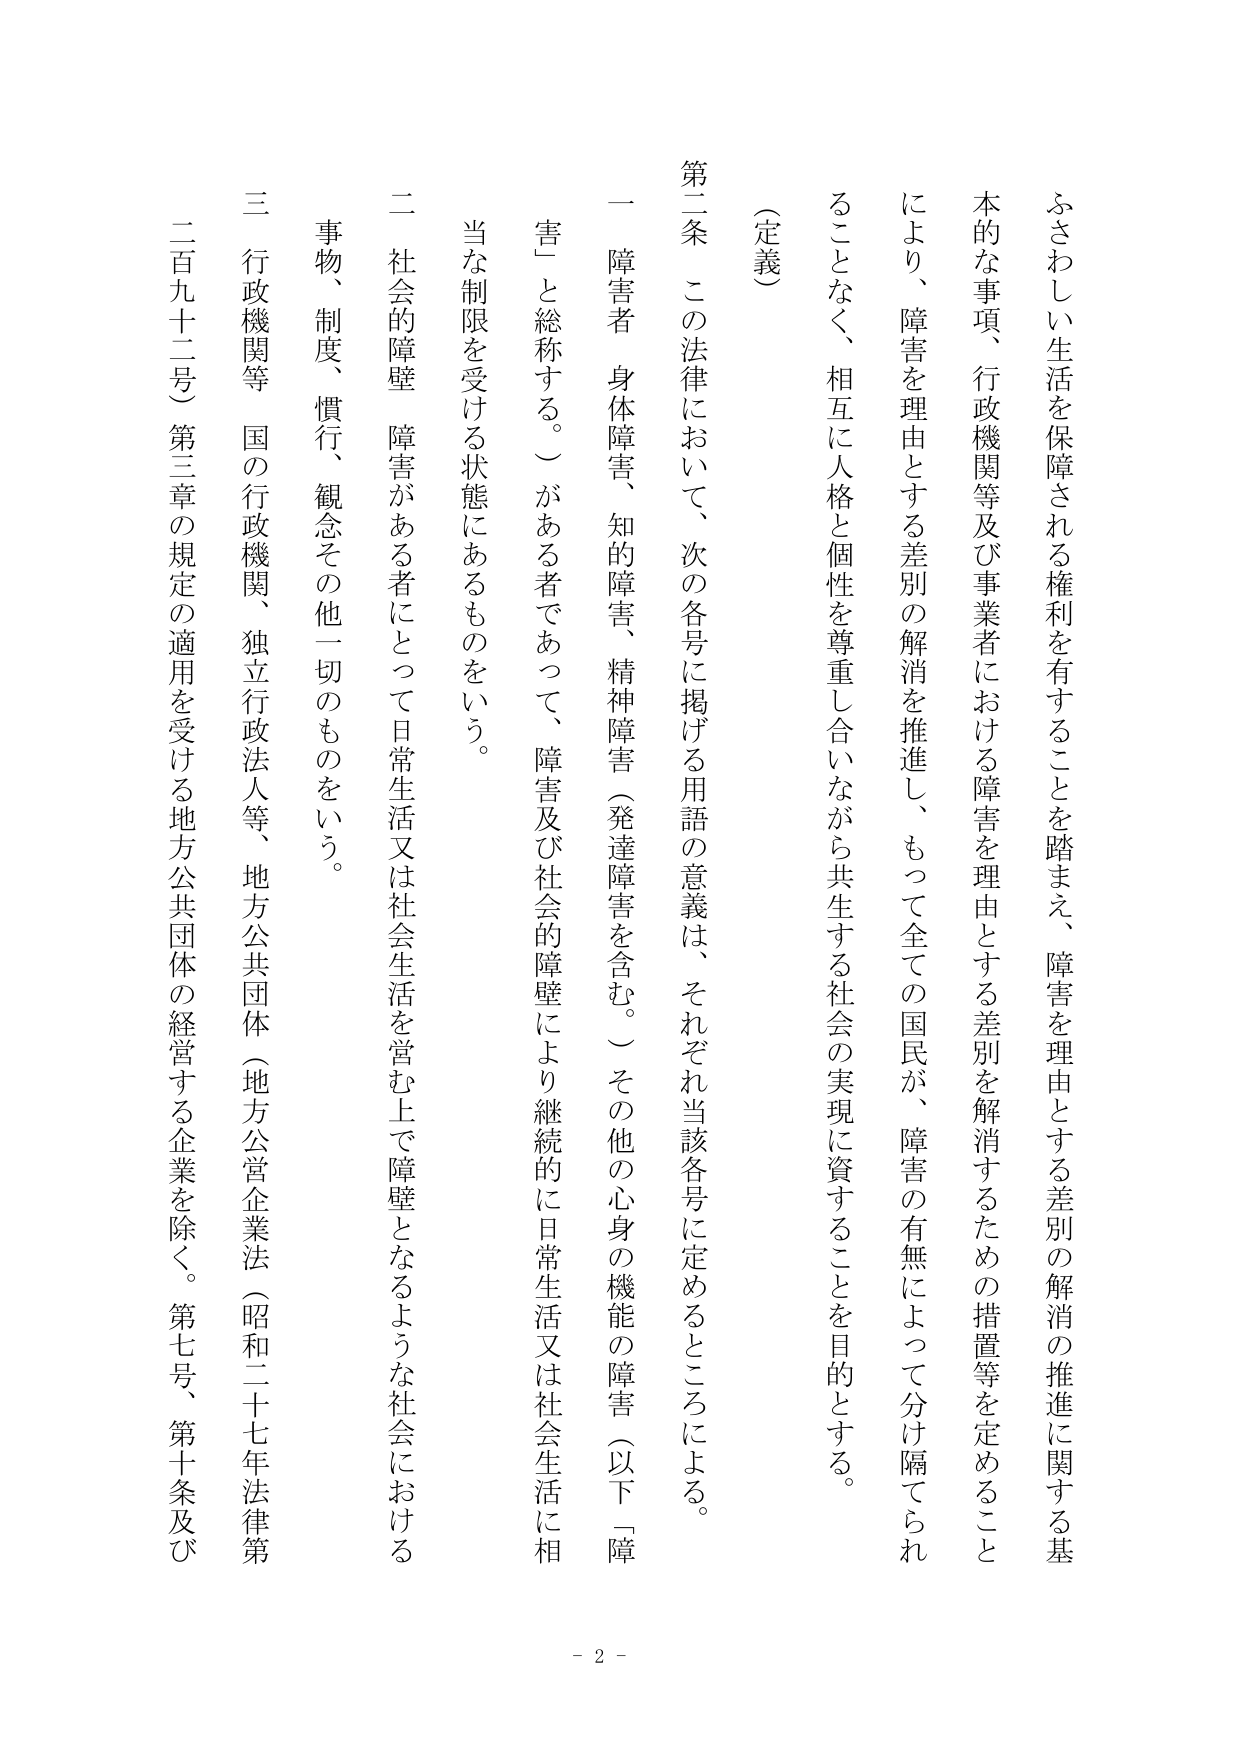
ふさわしい生活を保障される権利を有することを踏まえ、障害を理由とする差別の解消の推進に関する基本的な事項、行政機関等及び事業者における障害を理由とする差別を解消するための措置等を定めることにより、障害を理由とする差別の解消を推進し、もって全ての国民が、障害の有無によって分け隔てられることなく、相互に人格と個性を尊重し合いながら共生する社会の実現に資することを目的とする。

（定義）

第二条　この法律において、次の各号に掲げる用語の意義は、それぞれ当該各号に定めるところによる。

一　障害者　身体障害、知的障害、精神障害（発達障害を含む。）その他の心身の機能の障害（以下「障害」と総称する。）がある者であって、障害及び社会的障壁により継続的に日常生活又は社会生活に相当な制限を受ける状態にあるものをいう。

二　社会的障壁　障害がある者にとって日常生活又は社会生活を営む上で障壁となるような社会における事物、制度、慣行、観念その他一切のものをいう。

三　行政機関等　国の行政機関、独立行政法人等、地方公共団体（地方公営企業法（昭和二十七年法律第二百九十二号）第三章の規定の適用を受ける地方公共団体の経営する企業を除く。第七号、第十条及び

- 2 -